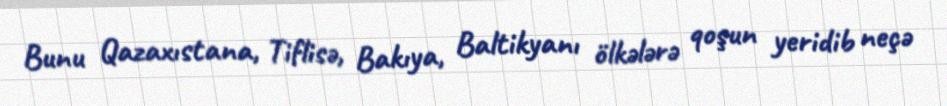
Bunu Qazaxıstana, Tiflisə, Bakıya, Baltikyanı ölkələrə qoşun yeridib neçə